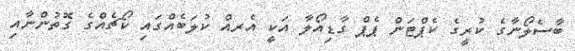
ބާސެލޯނާގެ ކުރީގެ ކެޕްޓަން ޕެޕް ގާޑިއޯލާ އަކީ އެރއް ކުލަބެއްގައި ކޯޗެއްގެ ގޮތުންނާއި